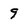
Character: 9